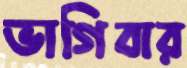
ভাগিবার